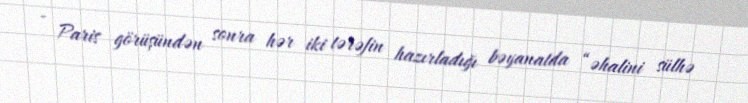
- Paris görüşündən sonra hər iki tərəfin hazırladığı bəyanatda “əhalini sülhə